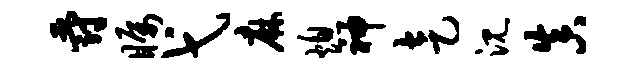
爵瞩弋麻熄神走沉真